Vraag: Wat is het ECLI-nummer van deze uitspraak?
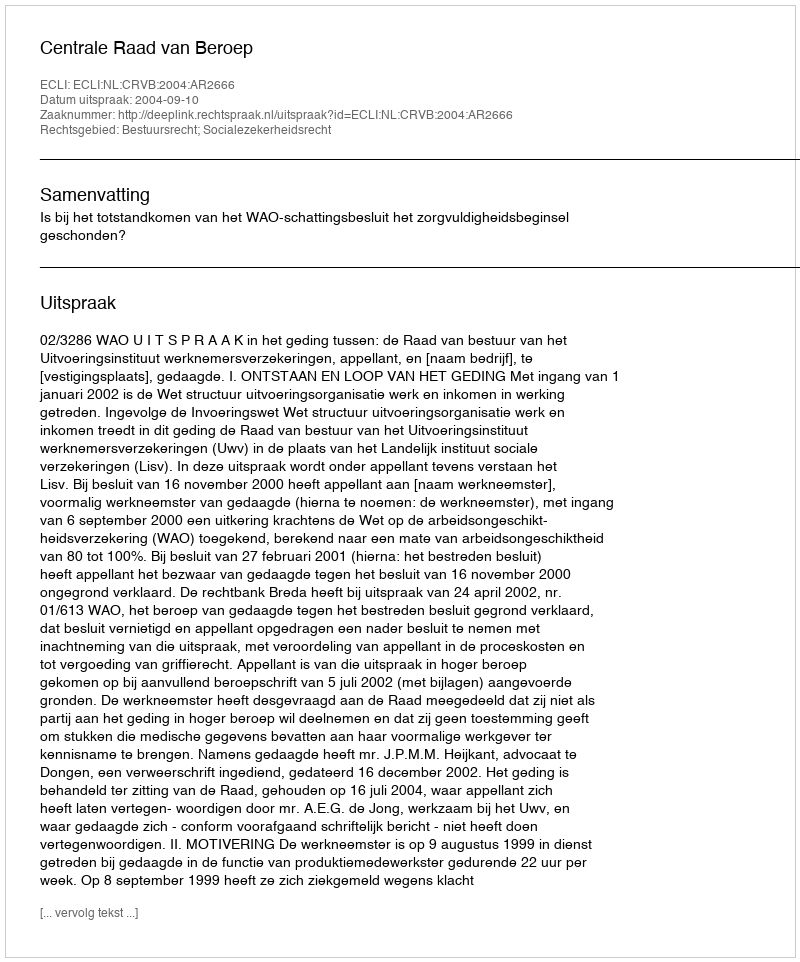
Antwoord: ECLI:NL:CRVB:2004:AR2666